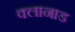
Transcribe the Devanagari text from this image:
क्लानाड